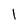
Character: 1